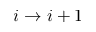
i \to i + 1